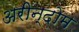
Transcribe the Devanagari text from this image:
अरीन्दोम